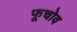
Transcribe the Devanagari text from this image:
फूचोव